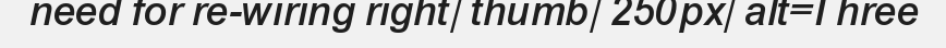
need for re-wiring right|thumb|250px|alt=Three